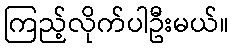
ကြည့်လိုက်ပါဦးမယ်။